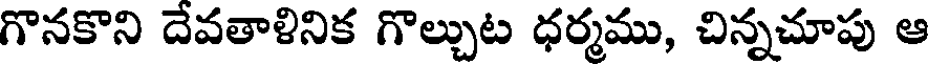
గొనకొని దేవతాళినిక గొల్చుట ధర్మము, చిన్నచూపు ఆ